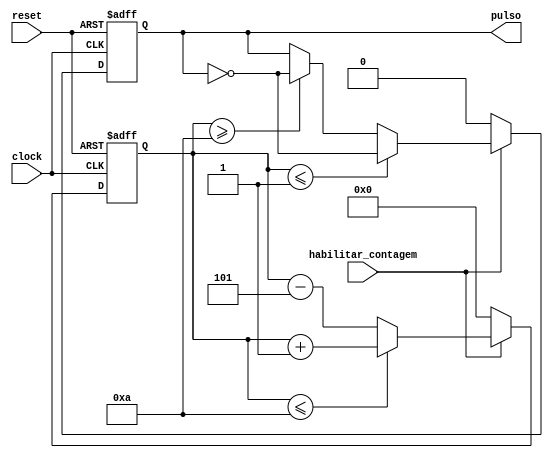
module oscilador_customizado(clock, reset, habilitar_contagem, pulso);
	
	input clock, reset, habilitar_contagem;
		
	output reg pulso;
	
	parameter INICIAL = 8'd0, PASSO = 8'd1, LIMITE = 8'd10, METADE = 8'd5;
	
	initial pulso = 0;
	
	reg [7:0] contador = INICIAL;
	
	always @ (posedge clock or negedge reset) begin
		
		if (!reset) begin
			
			pulso = 0;
			
			contador = INICIAL;
			
		end else begin
		
			if (habilitar_contagem) begin
				
				if (contador <= INICIAL + PASSO) pulso = !pulso;
				
				else if (contador >= LIMITE) pulso = !pulso;
			
				contador = contador <= LIMITE ? contador + PASSO : contador - METADE;
				
			end else begin
				
				pulso = 0;
				
				contador = INICIAL;
				
			end
		
		end
		
	end
	
endmodule